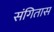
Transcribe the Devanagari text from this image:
संगितास